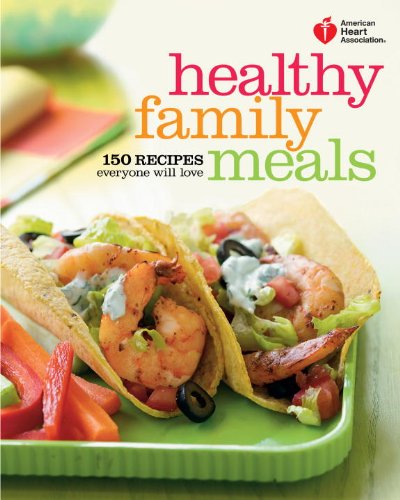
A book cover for American Heart Association Healthy Family Meals: 150 Recipes Everyone Will Love; American Heart Association; Cookbooks, Food & Wine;